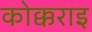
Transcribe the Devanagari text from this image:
कोक्कराइ